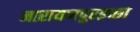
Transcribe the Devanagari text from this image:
नारायणपुरइच्छा